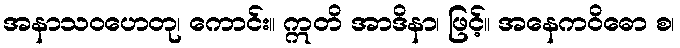
အနာသဝဟေတု၊ ကောင်း။ ဣတိ အာဒိနာ၊ ဖြင့်။ အနေကဝိဓော စ၊